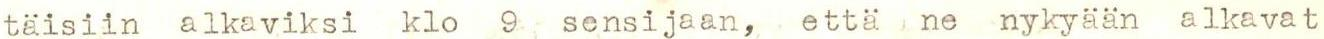
täisiin alkaviksi klo 9 sensijaan, että ne nykyään alkavat